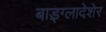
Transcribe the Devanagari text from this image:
बाड़्ग्लादेशेर